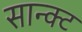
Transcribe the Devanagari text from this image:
सान्क्ट